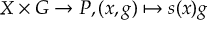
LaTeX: X \times G \to P , ( x , g ) \mapsto s ( x ) g